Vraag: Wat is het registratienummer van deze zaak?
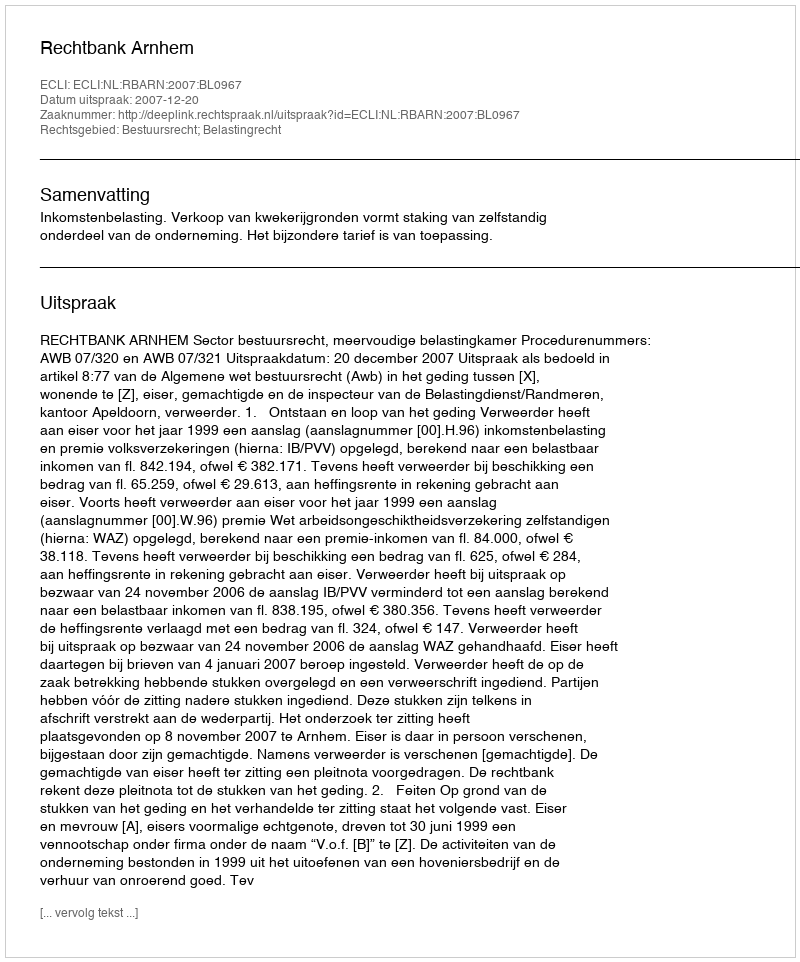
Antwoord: http://deeplink.rechtspraak.nl/uitspraak?id=ECLI:NL:RBARN:2007:BL0967